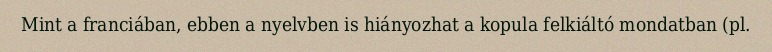
Mint a franciában, ebben a nyelvben is hiányozhat a kopula felkiáltó mondatban (pl.